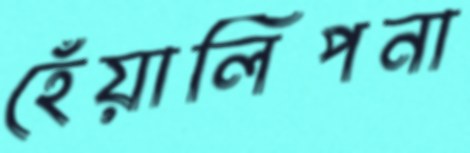
হেঁয়ালিপনা